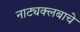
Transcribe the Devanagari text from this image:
नाट्यक्लबाचे